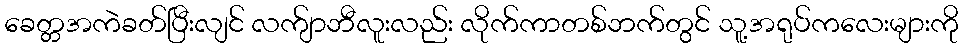
ခေတ္တအကဲခတ်ပြီးလျင် လက်ျာဘီလူးလည်း လိုက်ကာတစ်ဘက်တွင် သူ့အရုပ်ကလေးများကို